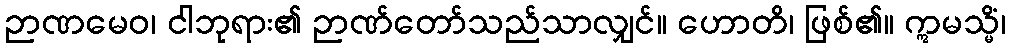
ဉာဏမေဝ၊ ငါဘုရား၏ ဉာဏ်တော်သည်သာလျှင်။ ဟောတိ၊ ဖြစ်၏။ ဣမသ္မိံ၊